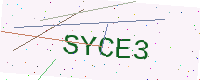
Text: SYCE3